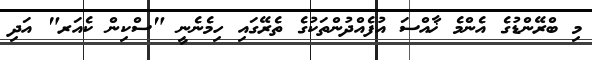
މި ބްރޭންޑުގެ އެންމެ ޚާއްސަ އުފެއްދުންތަކުގެ ތެރޭގައި ހިމެނެނީ "ސްކިން ކެއަރ" އަދި